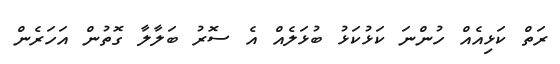
ރަތް ކަޅިއެއް ހުންނަ ކަޅުކަޅު ބުޅަލެއް އެ ސޮރު ބަލާލާ ގޮތުން އަހަރެން